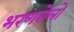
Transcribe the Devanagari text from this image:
भरणरोलों